Vana-Kasaritsa_(Kasaritsa)_vallavalitsus, lk 43
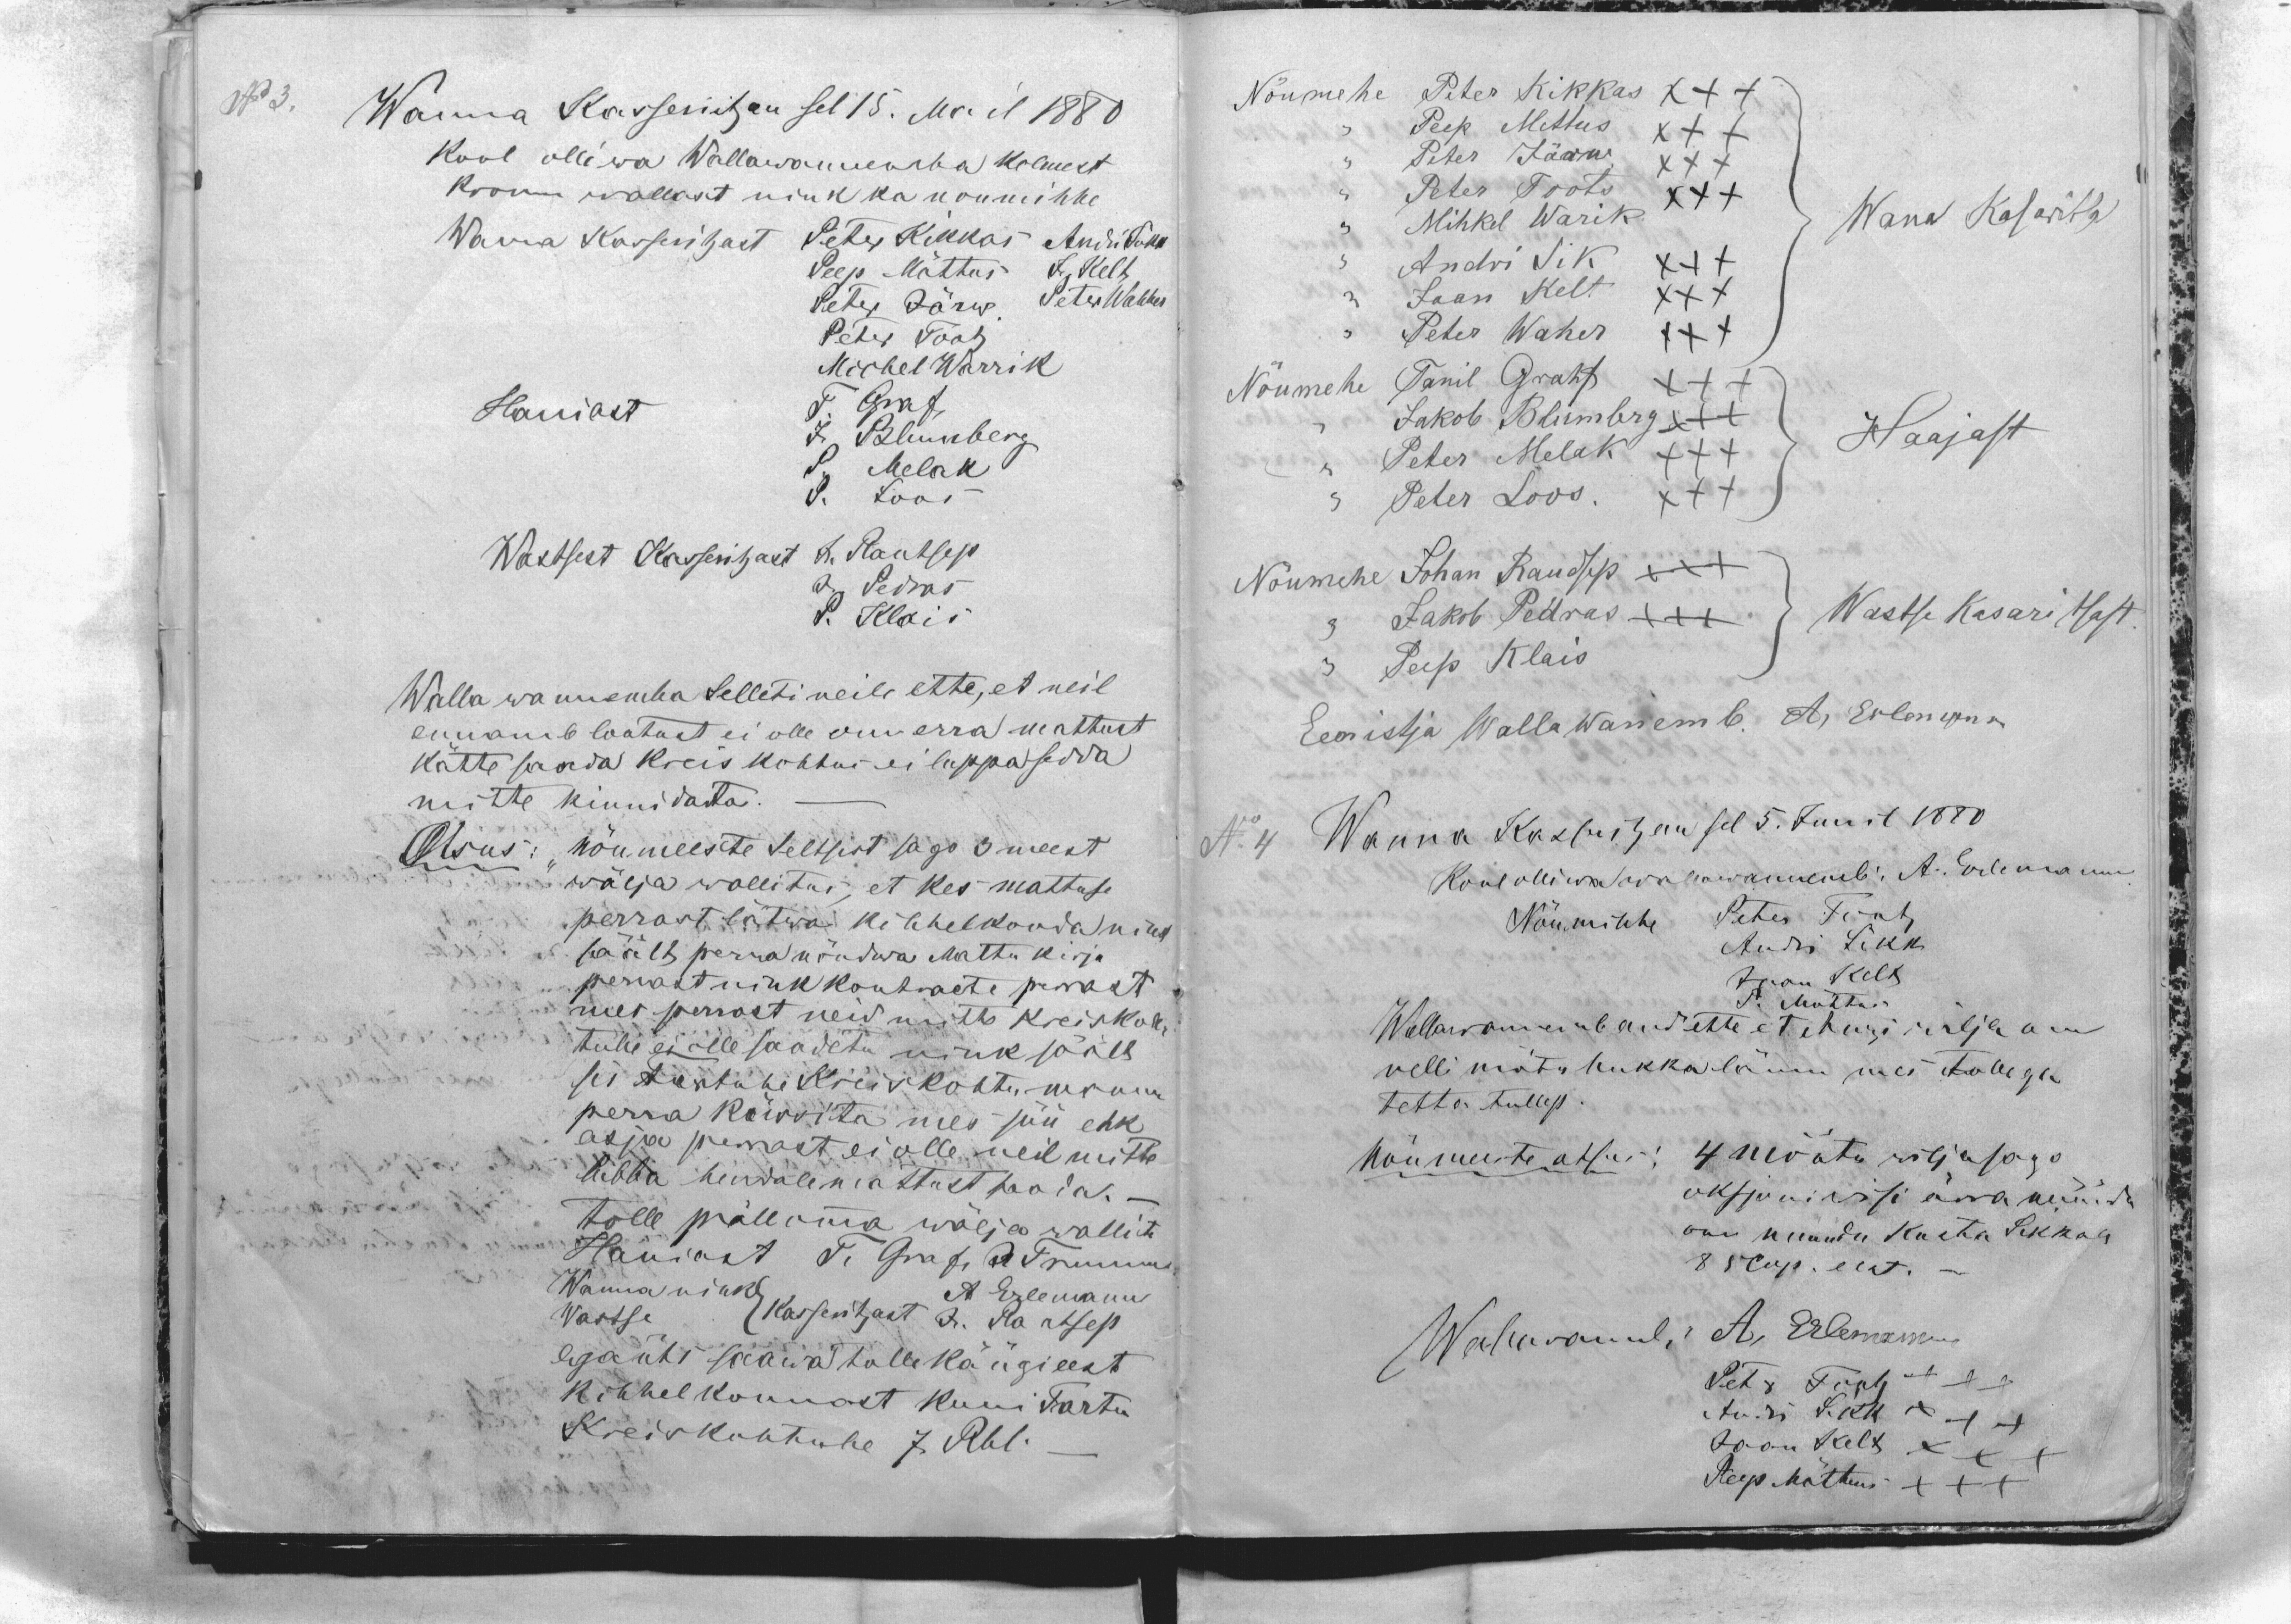
No 3.
Wanna Kasseritzan sel 15. Mail 1880
Kool olliwa Wallawannemba kolmest
kronu wallast nink ka noumihhe
Wana Kasseritzast Peter Kikkas Andri Sikk
Peep Mõttus J.Kelt
Peter Järw Peter Wahher
Peter Tootz
Michel Warrik
Haniast
T. Graf
J. Blumberg
P. Melak
P. Loos
Wastsest Kasseritzast J. Rautsep
J. Pedras
P. Klais
Walla wannemba selleti neile ette, et neil
ennamb lootust ei olle om erra mattust
kätte saada kreis kohtus ei luppa sedda
mitte kinnidasta.
Otsus:
Nõumeeste Seltsist sago 3 meest
wälja wallitus, et kes mattuse
perrast lätwa kihhelkonda nink
säält perra nõudwa Mattu kirja
perrast nink kontracte perrast
mes perrast neid mitte kreiskoh-
tulle ei olle saadetu nink säält
sis Tartune Kreis Kohtu manu
perra küssita mes süü ehk
asja perrast ei olle neil mitte
lubba hendale mattust toodas.-
tolle päle omma wälja wallite
Haniast, T. Graf, J. Trumm
Wanna nink
Wastse
Kasseritzast
A. Erlemann
J. Rautsep
egaüts saawa tolle käügi eest
kihhelkonnast kuni Tartu
Kreiskohtule 7 Rbl.-

Nõumehe Peter Kikkas XXX
,, Peep Mettus XXX
,, Peter Järw XXX
,, Peter Toots XXX
,, Mihkel Warik
Wana Kasarista
,, Andri Sik XXX
,, Jaan Kelt XXX
,, Peter Waher XXX
Nõumehe
Tanil Grahf XXX
,, Jakob Blumbrg XXX
,, Peter Melak XXX
Haajast
,, Peter Loos. XXX
Nõumehe Johan Raudsep XXX
,, Jakob Pedras XXX
,,Wastse Kasaritsast.
,, Peep Klais
Eenistja Walla Wanemb. A, Erlemann
No 4 Wanna Kasseritzan sel 5. Junil 1880
Kool olliwa wallawannemb: A. Erlemann
Nõumihhe Peter Tootz
Andri Sikk
Jaan Kelt
P. Mõttus
Wallawanemb and ette et ohwri wilja om
nelli mõtu hukka lännu mes tollega
tetta tullep.
Nõumeeste otsus: 4 mõõtu wilja sago
oksjoni issi ärra müüdu
om muudu Kusta Sikkale
85  Cop. eest.-
Wallawamb, A. Erlemann
Peter Tootz XXX
Andri Sikk XXX
Jaan Kelt XXX
Peep Mõttus XXX